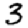
Digit: 3